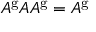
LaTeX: A ^ { \mathrm { g } } A A ^ { \mathrm { g } } = A ^ { \mathrm { g } }